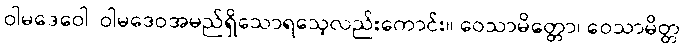
ဝါမဒေဝေါ၊ ဝါမဒေဝအမည်ရှိသောရသေ့လည်းကောင်း။ ဝေသာမိတ္တော၊ ဝေသာမိတ္တ